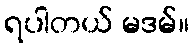
ရပါတယ် မဒမ်။